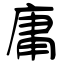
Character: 庸